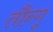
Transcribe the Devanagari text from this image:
तौन्गू